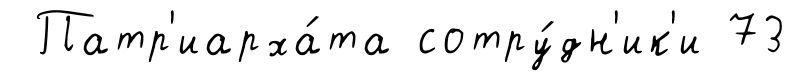
Патр'иарха́та сотру́дн'ик'и 73